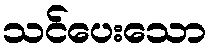
သင်ပေးသော